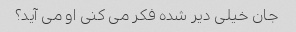
جان خیلی دیر شده فکر می کنی او می آید؟